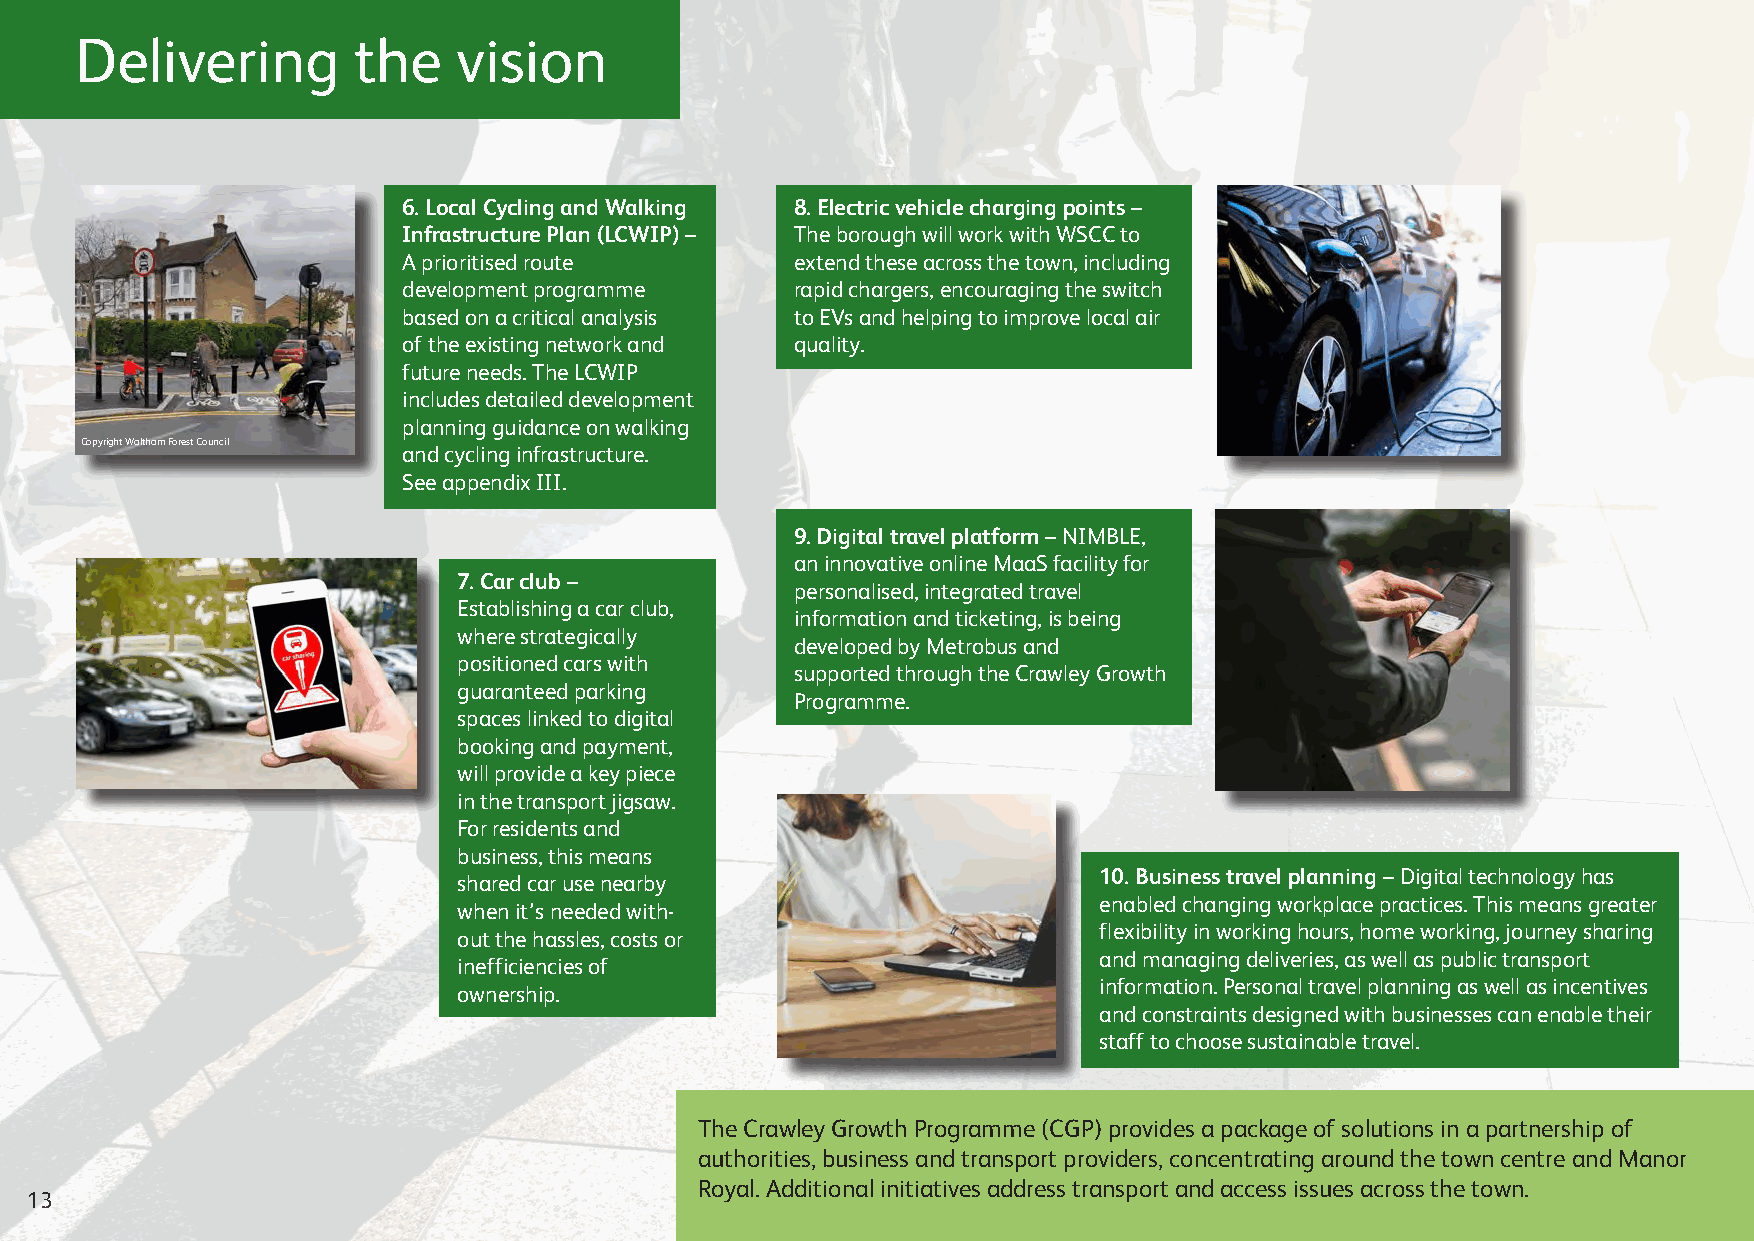
Delivering        the    vision
 6. Local Cycling and Walking 8. Electric vehicle charging points –
 Infrastructure Plan (LCWIP) – The borough will work with WSCC to
 A prioritised route       extend these across the town, including
 development programme     rapid chargers, encouraging the switch
 based on a critical analysis to EVs and helping to improve local air
 of the existing network and quality.
 future needs. The LCWIP
 includes detailed development
 planning guidance on walking
 Copyright Waltham Forest Council
 and cycling infrastructure.
 See appendix III.
 9. Digital travel platform – NIMBLE,
 an innovative online MaaS facility for
 7. Car club –
 personalised, integrated travel
 Establishing a car club,
 information and ticketing, is being
 where strategically
 developed by Metrobus and
 positioned cars with
 supported through the Crawley Growth
 guaranteed parking
 Programme.
 spaces linked to digital
 booking and payment,
 will provide a key piece
 in the transport jigsaw.
 For residents and
 business, this means
 shared car use nearby                      10. Business travel planning – Digital technology has
 enabled changing workplace practices. This means greater
 when it’s needed with-
 flexibility in working hours, home working, journey sharing
 out the hassles, costs or
 and managing deliveries, as well as public transport
 inefficiencies of
 information. Personal travel planning as well as incentives
 ownership.
 and constraints designed with businesses can enable their
 staff to choose sustainable travel.
 The Crawley Growth Programme (CGP) provides a package of solutions in a partnership of
 authorities, business and transport providers, concentrating around the town centre and Manor
 Royal. Additional initiatives address transport and access issues across the town.
 13